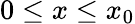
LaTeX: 0\leq x\leq x_{0}